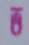
ভ